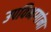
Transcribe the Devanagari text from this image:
उपविभागांना